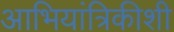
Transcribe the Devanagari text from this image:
आभियांत्रिकीशी